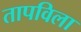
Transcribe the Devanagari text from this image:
तापविला